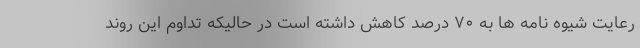
رعایت شیوه نامه ها به ۷۰ درصد کاهش داشته است در حالیکه تداوم این روند